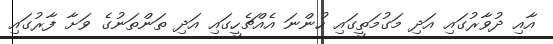
އާއި ދުވާރުގައި އަދި މަގުމަތީގައި ހުންނަ އެއްޗެހީގައި އަދި ތަންތަނުގެ ވަށާ ފާރުގައި